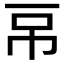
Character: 𰀌